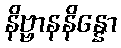
နိဗ္ဗာနနိန္နော